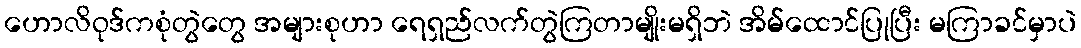
ဟောလိဝုဒ်ကစုံတွဲတွေ အများစုဟာ ရေရှည်လက်တွဲကြတာမျိုးမရှိဘဲ အိမ်ထောင်ပြုပြီး မကြာခင်မှာပဲ